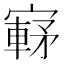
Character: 𫴀